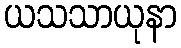
ယသသာယုနာ